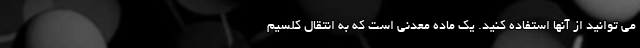
می توانید از آنها استفاده کنید. یک ماده معدنی است که به انتقال کلسیم